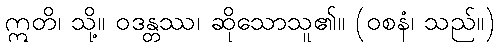
ဣတိ၊ သို့။ ဝဒန္တဿ၊ ဆိုသောသူ၏။ (ဝစနံ၊ သည်။)